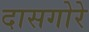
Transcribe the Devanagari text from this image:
दासगोरे